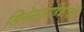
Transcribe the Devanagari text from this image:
सिनेसाप्ताहिकाचेही